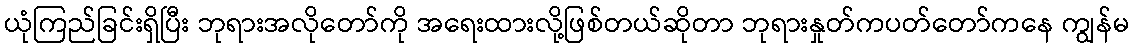
ယုံကြည်ခြင်းရှိပြီး ဘုရားအလိုတော်ကို အရေးထားလို့ဖြစ်တယ်ဆိုတာ ဘုရားနှုတ်ကပတ်တော်ကနေ ကျွန်မ